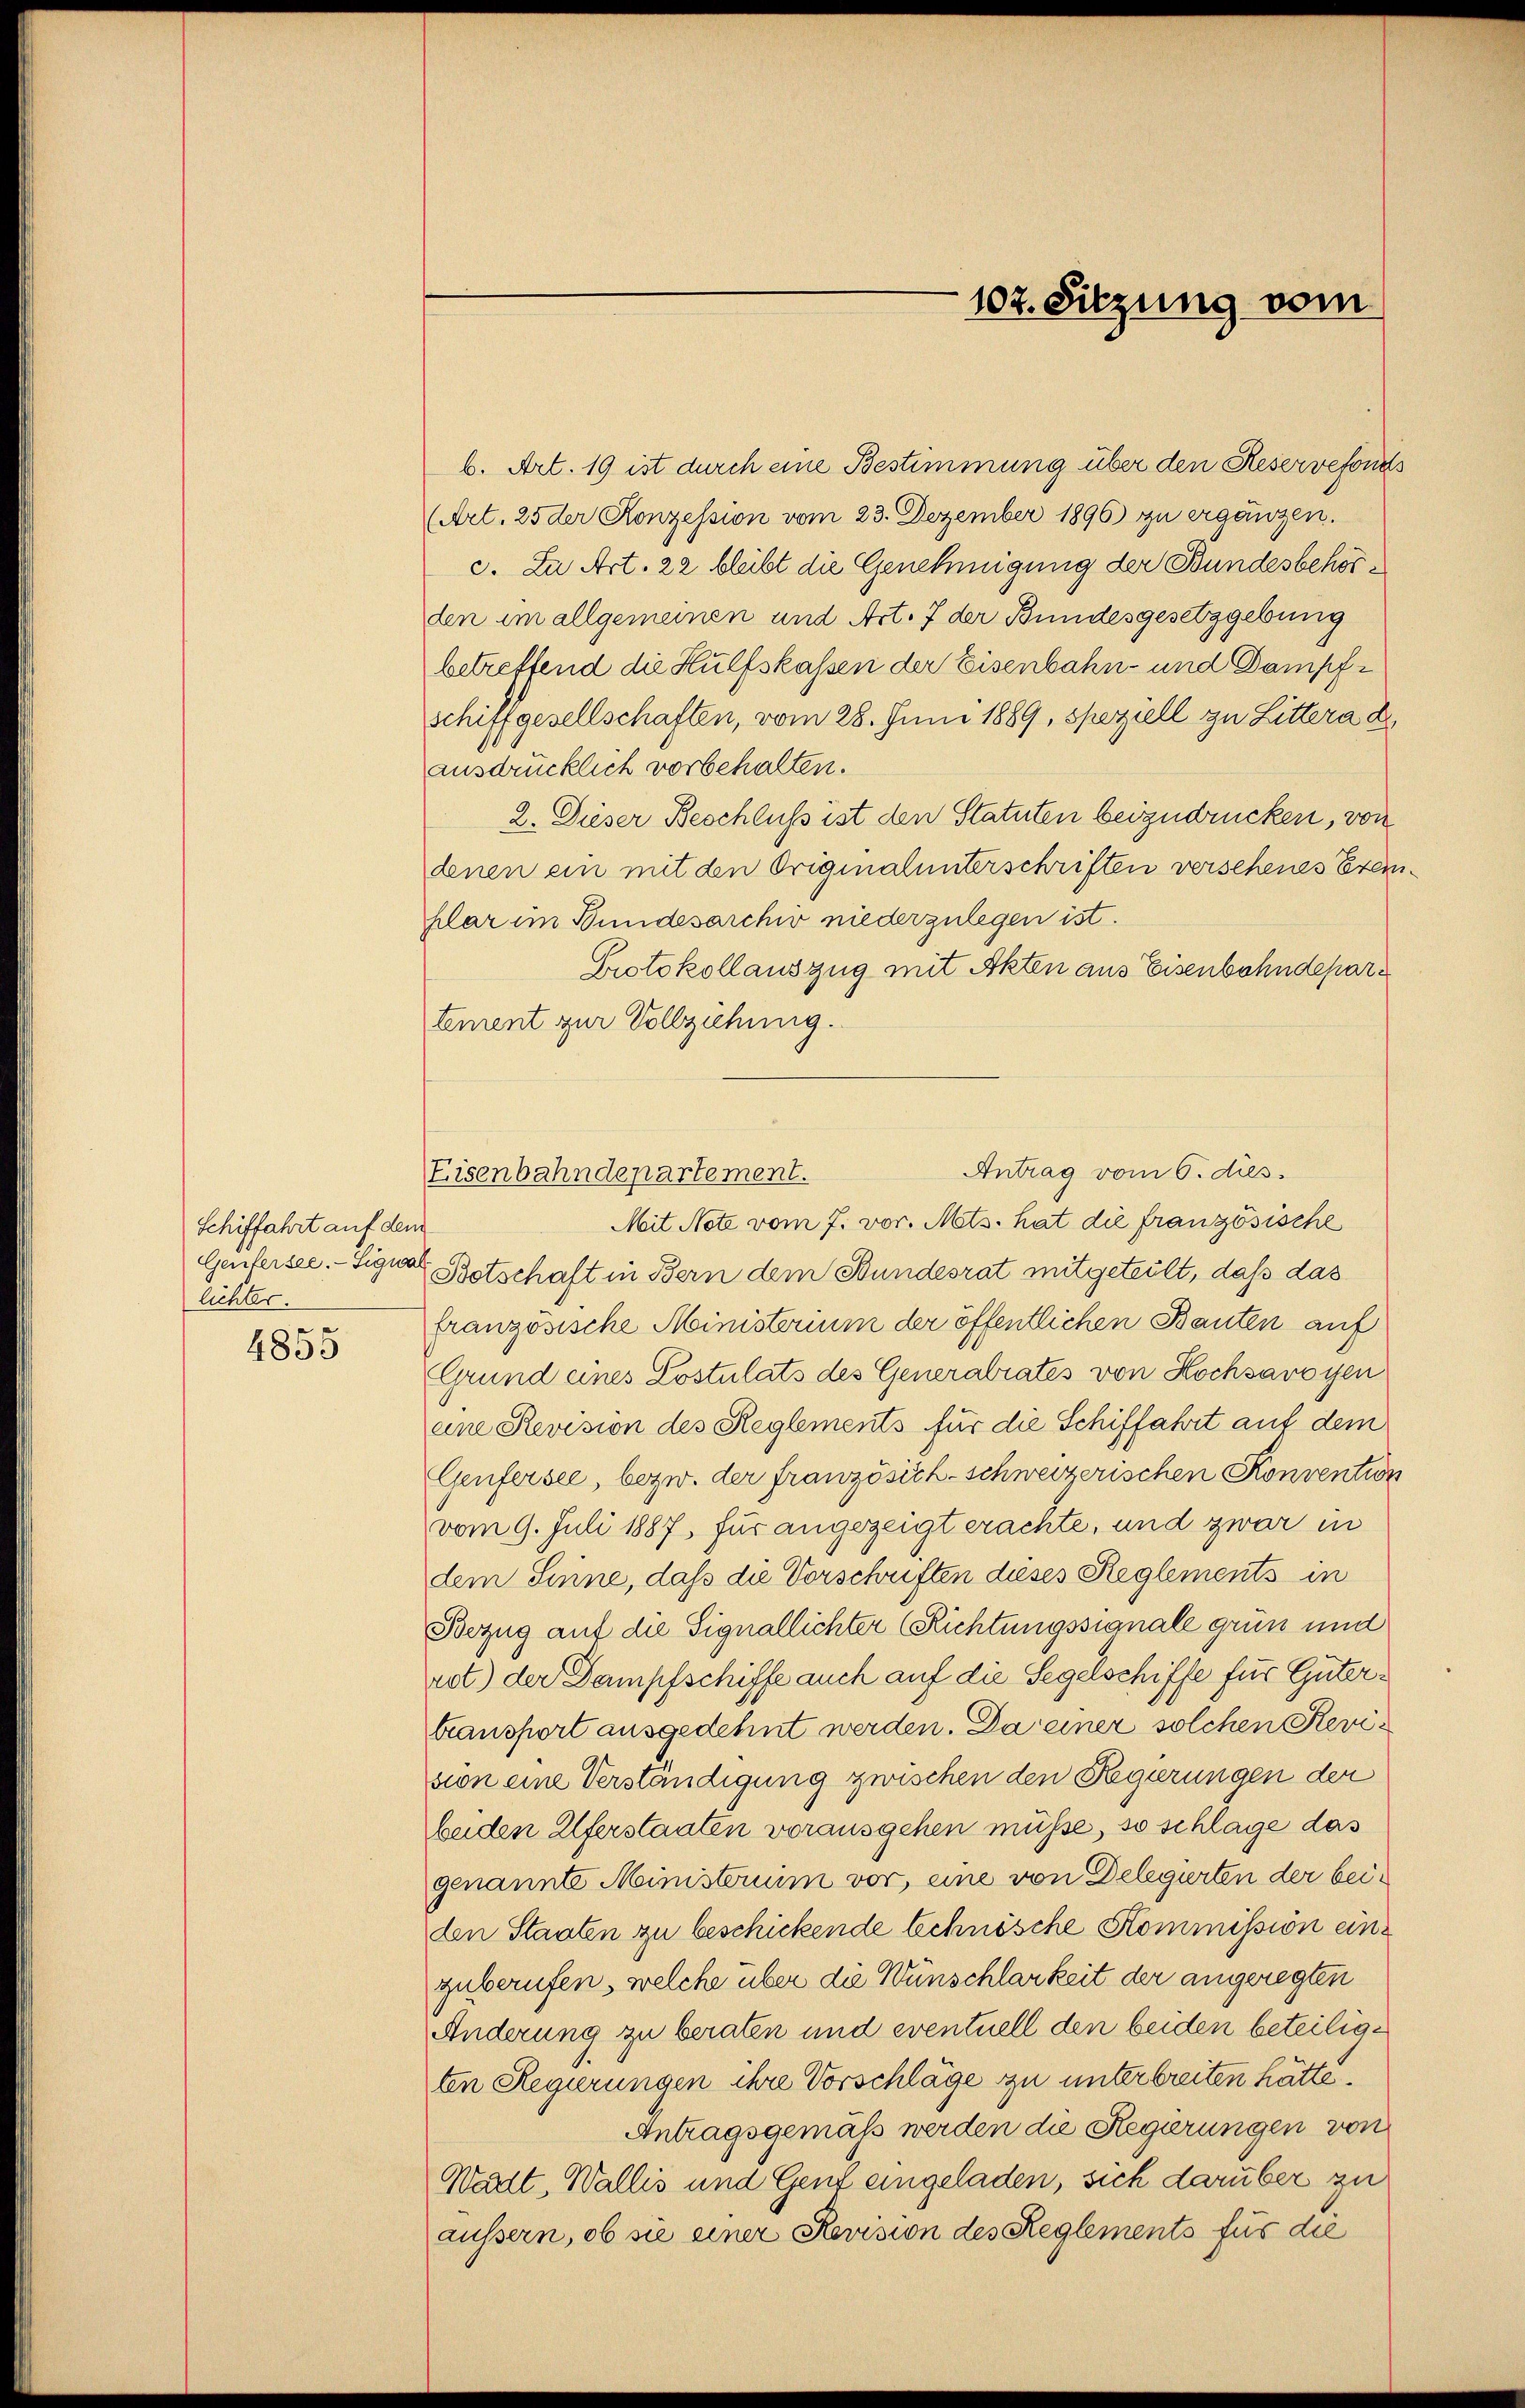
Schiffahrt auf dem
lichter.

4855

b. Art. 19 ist durch eine Bestimmung über den Reservefonds
(Art. 25 der Konzession vom 23. Dezember 1896) zu ergänzen.
c. Zu Art. 22 bleibt die Genehmigung der Bundesbehörden im allgemeinen und Art. 7 der Bundesgesetzgebung
betreffend die Hülfskassen der Eisenbahn- und Dampfschiffgesellschaften, vom 28. Juni 1889, speziell zu Littera d
ausdrücklich vorbehalten.
2. Dieser Beschluß ist den Statuten beizudrücken, von
denen ein mit den Originalunterschriften versehenes Exemklar im Bundesarchiv niederzulegen ist.
Protokollauszug mit Akten aus Eisenbahndepartement zur Vollziehung.
Antrag vom 6. dus.
Mit Note vom 7. vor. Mets. hat die französische
Geiferste. - Signal Botschaft in Bern dem Bundesrat mitgeteilt, daß das
französische Ministerium der öffentlichen Bauten auf
Grund eines Lostulats des Generalrates von Hochsavoyen
eine Revision des Reglements für die Schiffahrt auf dem
Genfersee, bezw. der französich-schweizerischen Konvention
vom 9. Juli 1887 für angezeigt erachte, und zwar in
dem Sinne, daß die Vorschriften dieses Reglements in
Bezug auf die Signallichter (Richtungssignale grün und
rot) der Dampfschiffe auch auf die Segelschiffe für Gütertransport ausgedehnt werden. Da einer solchen Revision eine Verständigung zwischen den Regierungen der
beiden Uferstaaten vorausgehen müsse, so schlage das
genannte Ministerium vor, eine von Delegirten der beiden Staaten zu beschickende Schnösche Kommission einzuberufen, welche über die Wünschlarkeit der angeregten
Änderung zu beraten und eventuell den beiden beteiligten Regierungen ihre Vorschläge zu unterbreiten hätte.
Antragsgemäß werden die Regierungen von
Wadt, Wallis und Gent eingeladen, sich darüber zu
äussern, ob sie einer Revision des Reglements für die

Eisenbahndepartement.

102. Sitzung vom